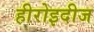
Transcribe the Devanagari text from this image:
हीरोइदीज